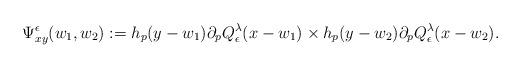
LaTeX: \begin{align*}\Psi_{xy}^\epsilon(w_1,w_2):= h_p(y-w_1) \partial_pQ^{\lambda}_{\epsilon}(x-w_1)\times h_p(y-w_2) \partial_pQ^{\lambda}_{\epsilon}(x-w_2).\end{align*}